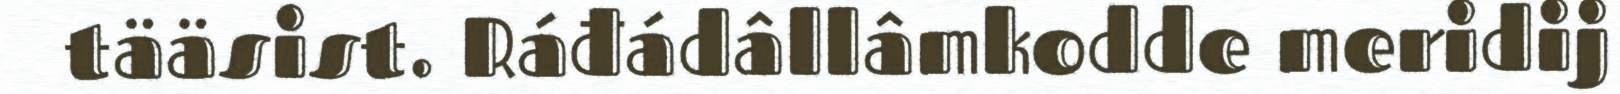
tääsist. Ráđádâllâmkodde meridij